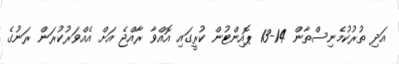
އަދި ތުރުކުމެނިސްތާން 14-13 ޕޮއިންޓުން ކުރީގައި އޮއްވާ ރާއްޖެ އަށް އެއްވަރުކުރަން ރަނުގެ